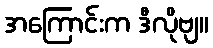
အကြောင်းက ဒီလိုဗျ။